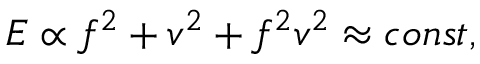
{ \cal E } \propto f ^ { 2 } + v ^ { 2 } + f ^ { 2 } v ^ { 2 } \approx c o n s t ,